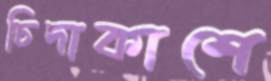
চিদাকাশে